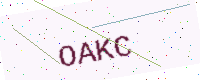
Text: OAKC